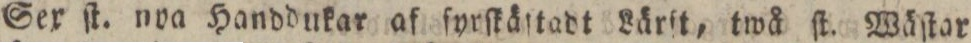
Sex ſt. nya Handdukar af ſyrſkäſtadt Lärft, twå ſt. Wäſtar